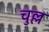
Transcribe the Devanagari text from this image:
चुल्ल